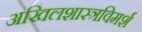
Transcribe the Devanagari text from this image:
अखिलशास्त्रविमर्श